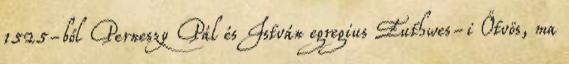
1525-ből Perneszy Pál és István egregius Euthwes-i Ötvös, ma